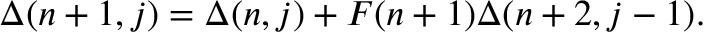
\Delta ( n + 1 , j ) = \Delta ( n , j ) + F ( n + 1 ) \Delta ( n + 2 , j - 1 ) .